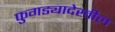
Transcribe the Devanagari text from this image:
फुगड्यादेखील